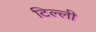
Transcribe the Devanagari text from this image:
टिल्ली